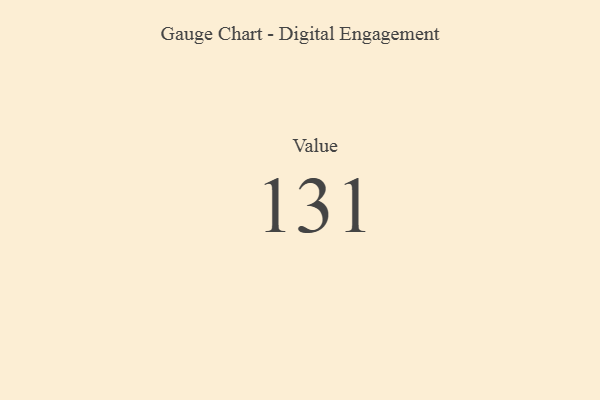
{"axis": {"x": "Metric", "y": "Value"}, "legend": [""], "data": [{"x": "Value", "y": 131, "type": ""}]}